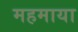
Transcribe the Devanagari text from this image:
महमाया